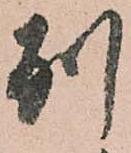
別